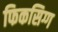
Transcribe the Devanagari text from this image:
फिकसिग्ग